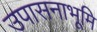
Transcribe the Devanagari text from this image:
उपासनाभूमि